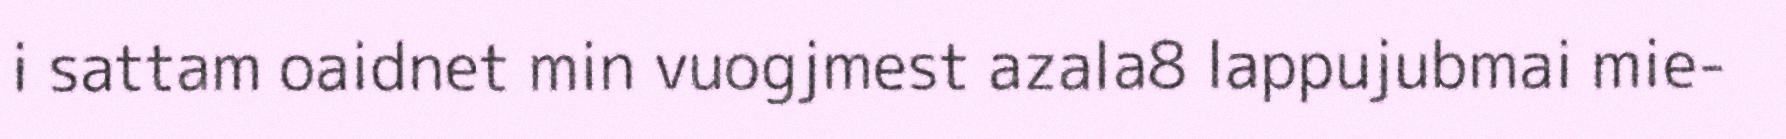
i sattam oaidnet min vuogjmest azala8 lappujubmai mie-